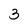
Character: 3